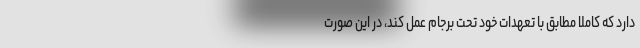
دارد که کاملاً مطابق با تعهدات خود تحت برجام عمل کند، در این صورت